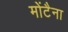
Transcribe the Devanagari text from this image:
मोंटैना